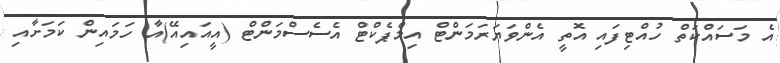
އެ މަސައްކަތް ހުއްޓިފައި އޮތީ އެންވަޔަރަމަންޓް އިމްޕެކްޓް އެސެސްމަންޓް (އީއައިއޭ)އާ ހަމައިން ކަމަށާއި